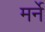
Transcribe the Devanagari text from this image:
मर्ने